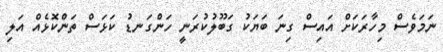
ނަމަވެސް މިހާރަކަށް އައިސް ގިނަ ބަޔަކު ގަބޫލުކުރަނީ ހަންގަނޑު ކަޅަސް ތަންކޮޅެއް އަލި